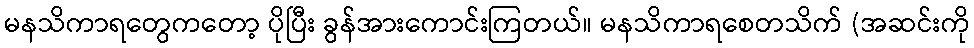
မနသိကာရတွေကတော့ ပိုပြီး ခွန်အားကောင်းကြတယ်။ မနသိကာရစေတသိက် (အဆင်းကို